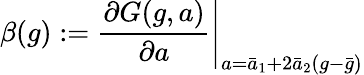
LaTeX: \beta(g):=\left.\frac{\partial G(g,a)}{\partial a}\right|_{a=\bar{a}_{1}+2\bar{a}_{2}(g-\bar{g})}